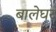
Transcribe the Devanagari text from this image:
बालेघर